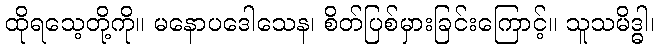
ထိုရသေ့တို့ကို။ မနောပဒေါသေန၊ စိတ်ပြစ်မှားခြင်းကြောင့်။ သူသမိဒ္ဓါ၊